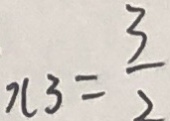
x _ { 3 } = \frac { 3 } { 2 }